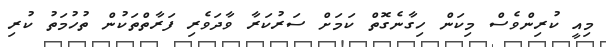
މިއީ ކުރިންވެސް މިކަން ހިގާނެގޮތް ކަމަށް ސަރުކަރާ ވާދަވެރި ފަރާތްތަކުން ތުހުމަތު ކުރި